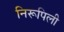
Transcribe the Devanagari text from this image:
निरूपिली